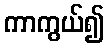
ကာကွယ်၍